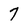
Character: 7